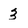
Character: 3